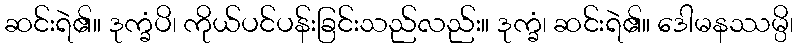
ဆင်းရဲ၏။ ဒုက္ခံပိ၊ ကိုယ်ပင်ပန်းခြင်းသည်လည်း။ ဒုက္ခံ၊ ဆင်းရဲ၏။ ဒေါမနဿမ္ပိ၊